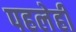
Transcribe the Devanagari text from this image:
पहलेही